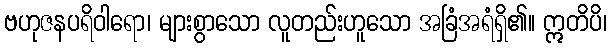
ဗဟုဇနပရိဝါရော၊ များစွာသော လူတည်းဟူသော အခြံအရံရှိ၏။ ဣတိပိ၊